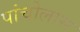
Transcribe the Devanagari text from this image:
पांचोलास